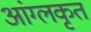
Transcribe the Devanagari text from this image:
आंग्लकृत